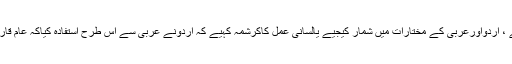
لیکن اب اسے مذہب کی طاقت کہیے ، اردواورعربی کے مختارات میں شمار کیجیے یالسانی عمل کاکرشمہ کہیے کہ اردونے عربی سے اس طرح استفادہ کیاکہ عام قارئین کے لیے من وتو کافرق مٹ گیا۔